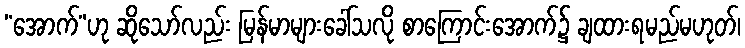
“အောက်”ဟု ဆိုသော်လည်း မြန်မာများခေါ်သလို စာကြောင်းအောက်၌ ချထားရမည်မဟုတ်၊